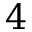
4